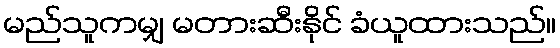
မည်သူကမျှ မတားဆီးနိုင် ခံယူထားသည်။